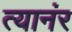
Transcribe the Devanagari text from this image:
त्यानंर